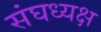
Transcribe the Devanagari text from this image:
संघध्यक्ष